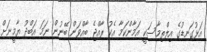
އަޅުގަނޑުގެ އިލްތިމާސަކީ އަމާންކަމާ އެކު ރާއްޖެ ބާއްވަން ބޭނުން ނަމަ އަބްދު ޔާމީނަށް